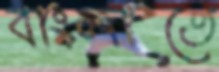
বাংলাতে